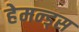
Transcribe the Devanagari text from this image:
हेमन्ड्स